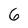
Character: 6